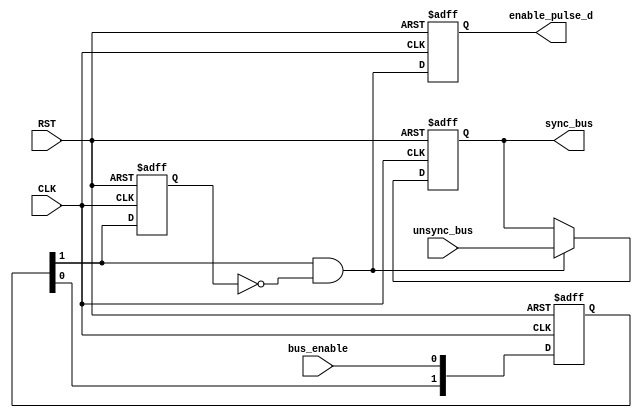
module DATA_SYNC # ( 
     parameter NUM_STAGES = 2 ,
	           BUS_WIDTH = 8 
)(
input    wire                      CLK,
input    wire                      RST,
input    wire                      bus_enable,
input    wire     [BUS_WIDTH-1:0]  unsync_bus,

output   reg      [BUS_WIDTH-1:0]  sync_bus,
output   reg                       enable_pulse_d
);

reg   [NUM_STAGES-1:0]    sync_reg;
reg                       enable_flop ;					 
wire                      enable_pulse ;
wire  [BUS_WIDTH-1:0]     sync_bus_c ;


//----------------- Multi flop synchronizer --------------

always @(posedge CLK or negedge RST)
begin
  if(!RST)      
   begin
    sync_reg <= 'b0 ;
   end
  else
   begin
    sync_reg <= {sync_reg[NUM_STAGES-2:0],bus_enable};
   end  
end


//----------------- pulse generator --------------------

always @(posedge CLK or negedge RST)
begin
  if(!RST)     
   begin
    enable_flop <= 1'b0 ;	
   end
  else
   begin
    enable_flop <= sync_reg[NUM_STAGES-1] ;
   end  
end

assign enable_pulse = sync_reg[NUM_STAGES-1] && !enable_flop ;


//----------- destination domain flop ---------------

always @(posedge CLK or negedge RST)
begin
  if(!RST)      
   begin
    sync_bus <= 'b0 ;	
   end
  else
   begin
    sync_bus <= sync_bus_c ;
   end  
end

assign sync_bus_c =  enable_pulse ? unsync_bus : sync_bus ;

//--------------- delay generated pulse ------------

always @(posedge CLK or negedge RST)
begin
  if(!RST)      
   begin
    enable_pulse_d <= 1'b0 ;	
   end
  else
   begin
    enable_pulse_d <= enable_pulse ;
   end  
end


endmodule